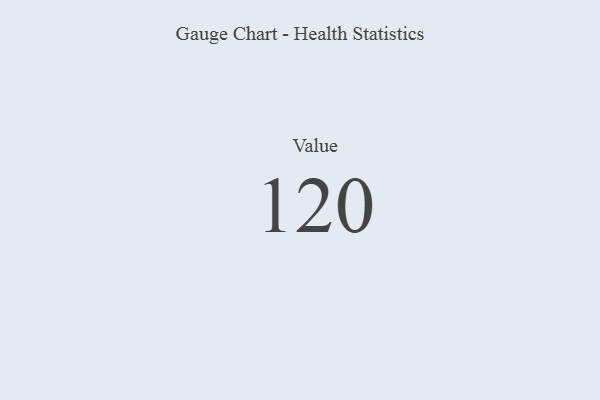
{"axis": {"x": "Metric", "y": "Value"}, "legend": [""], "data": [{"x": "Value", "y": 120, "type": ""}]}